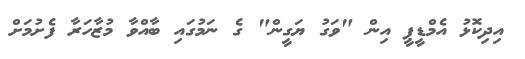
އިދިކޮޅު އެމްޑީޕީ އިން "ވަގު ޔަގީން" ގެ ނަމުގައި ބާއްވާ މުޒާހަރާ ފެށުމަށް